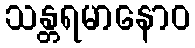
သန္တရမာနောဝ